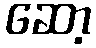
ဆော့